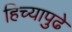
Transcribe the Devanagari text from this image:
हिच्यापुढे